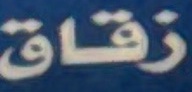
زقاق